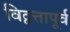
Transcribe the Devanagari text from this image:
विद्वत्तापूर्व